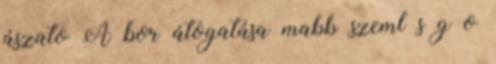
ászato A bor átogatása mabb szeml s g o